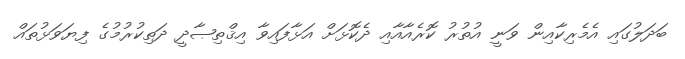
ބަދަލުގައި އެމެރިކާއިން ވަނީ އުތުރު ކޮރެއާއާއި ދެކޮޅަށް އަޅާފައިވާ އިޤްތިޞާދީ ދަތިކުރުމުގެ ފިޔަވަޅުތައް